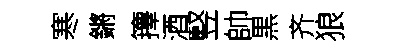
寒鏘籜酒竪帥黒齐狼